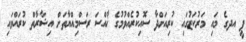
ޕީ އދގެ މައި މަރުކަޒުގައި ކުރިއަށްދާ ސޮއިކުރެއްވުމުގެ ޚާއްސަ ރަސްމިއްޔާތަށް އިޝާރާތް ކުރައްވައި